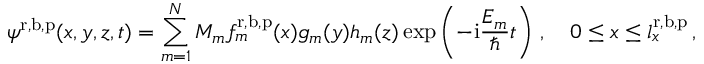
\psi ^ { \mathrm { r } , \mathrm { b } , \mathrm { p } } ( x , y , z , t ) = \sum _ { m = 1 } ^ { N } M _ { m } f _ { m } ^ { \mathrm { r } , \mathrm { b } , \mathrm { p } } ( x ) g _ { m } ( y ) h _ { m } ( z ) \exp \left( - \mathrm { i } \frac { E _ { m } } { \hbar } t \right) \, , \quad 0 \le x \le l _ { x } ^ { \mathrm { r } , \mathrm { b } , \mathrm { p } } \, ,